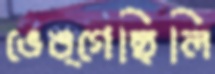
ভেঙ্গেছিলি